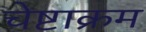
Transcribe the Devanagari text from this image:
चेष्टाक्रम